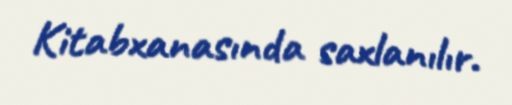
Kitabxanasında saxlanılır.